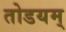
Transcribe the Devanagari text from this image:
तोडयम्